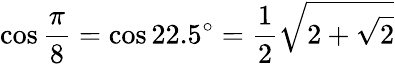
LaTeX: \cos{\frac{\pi}{8}}=\cos 22.5^{\circ}={\frac{1}{2}}{\sqrt{2+{\sqrt{2}}}}